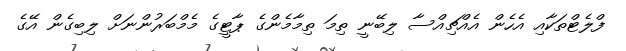
ފްލެޓްތަކާއި އެހެން އެއްޗިއްސާ ލިބޭނީ ތިމަ ތިމާމެންގެ ޕާޓީގެ މެމްބަރުންނަށް ލިބިގެން އޭގެ